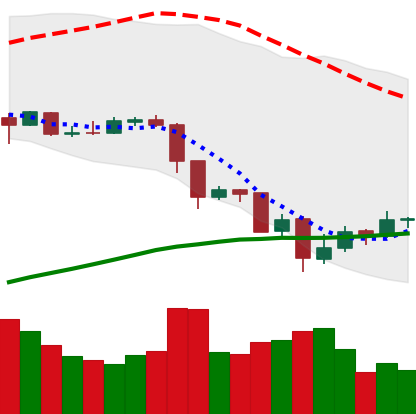
Ticker: EOS-USD
Chart end date: 2019-07-21
Forward return: 7.064%
Label: up_7plus